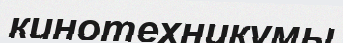
кинотехникумы